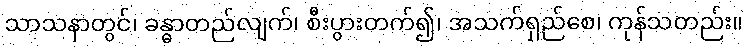
သာသနာတွင်၊ ခန္ဓာတည်လျက်၊ စီးပွားတက်၍၊ အသက်ရှည်စေ၊ ကုန်သတည်း။